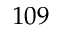
1 0 9